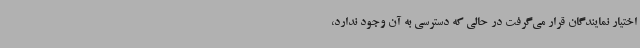
اختیار نمایندگان قرار می‌گرفت در حالی که دسترسی به آن وجود ندارد،